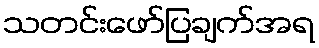
သတင်းဖော်ပြချက်အရ